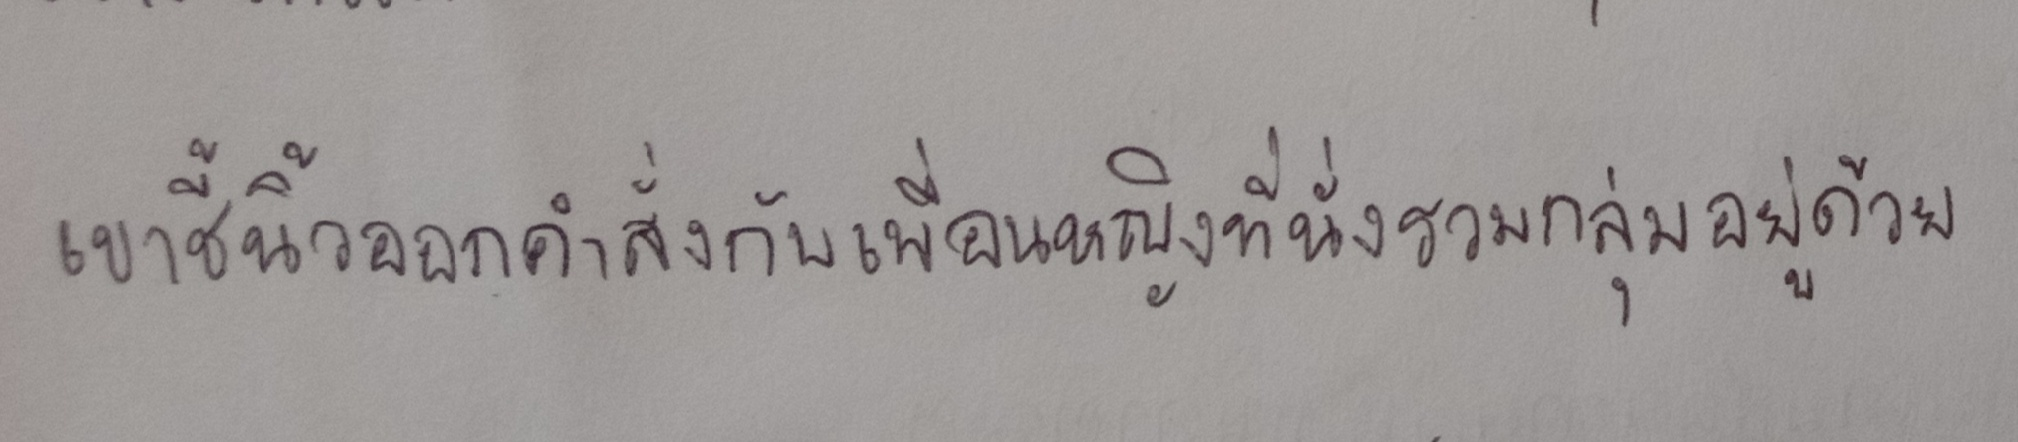
เขาชี้นิ้วออกคำสั่งกับเพื่อนหญิงที่นั่งรวมกลุ่มอยู่ด้วย